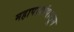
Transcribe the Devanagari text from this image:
महापापांपासून